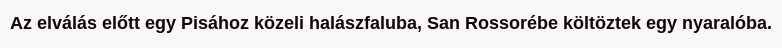
Az elválás előtt egy Pisához közeli halászfaluba, San Rossorébe költöztek egy nyaralóba.